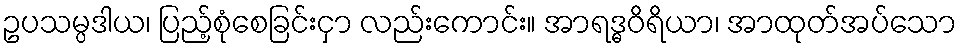
ဥပသမ္ပဒါယ၊ ပြည့်စုံစေခြင်းငှာ လည်းကောင်း။ အာရဒ္ဓဝိရိယာ၊ အာထုတ်အပ်သော